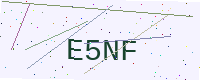
Text: E5NF